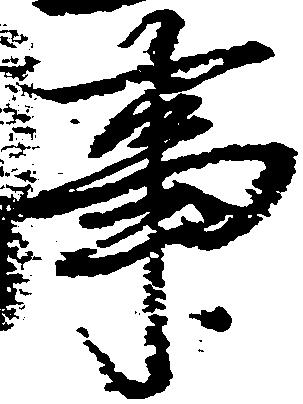
事